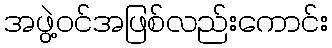
အဖွဲ့ဝင်အဖြစ်လည်းကောင်း